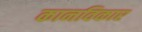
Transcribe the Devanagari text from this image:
कानविकार